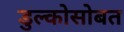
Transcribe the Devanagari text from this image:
डुल्कोसोबत